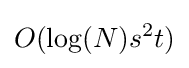
O(\log(N)s^{2}t)